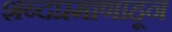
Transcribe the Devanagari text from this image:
शब्दप्रमाणाहून